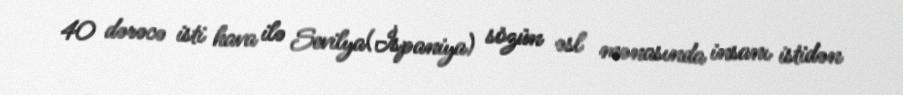
40 dərəcə isti hava ilə Sevilya(İspaniya) sözün əsl mənasında insanı istidən